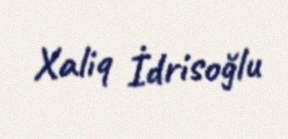
Xaliq İdrisoğlu